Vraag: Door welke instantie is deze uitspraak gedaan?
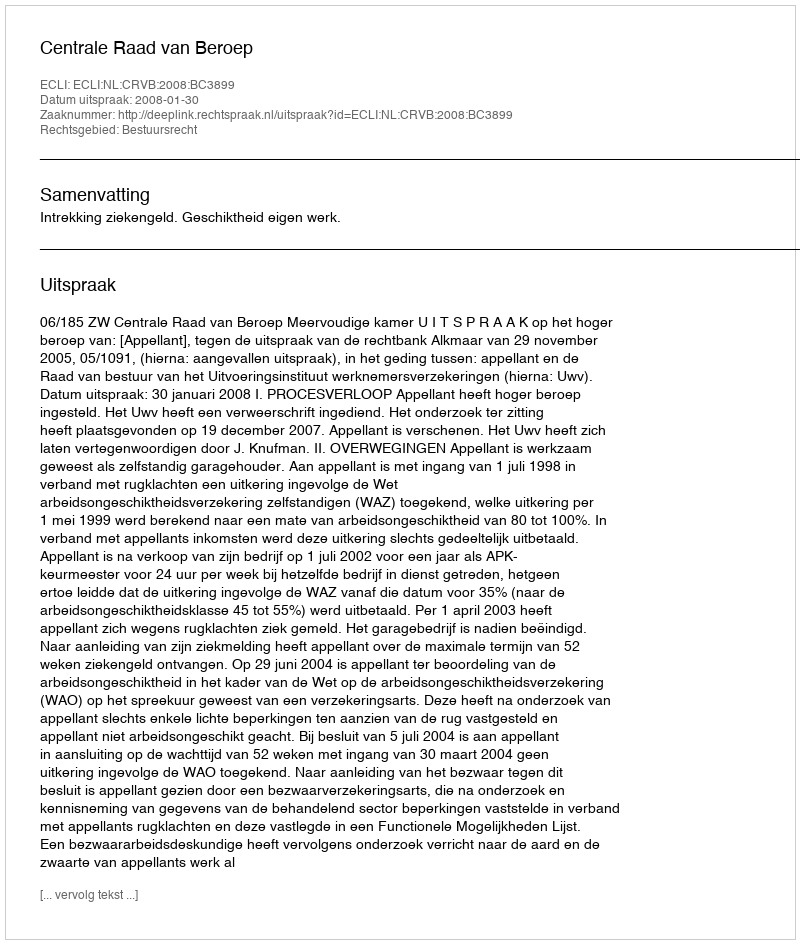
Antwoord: Centrale Raad van Beroep